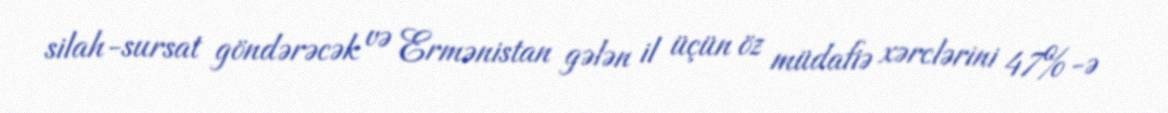
silah-sursat göndərəcək və Ermənistan gələn il üçün öz müdafiə xərclərini 47%-ə